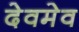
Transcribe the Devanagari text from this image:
देवमेव